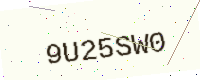
Text: 9U25SW0